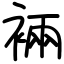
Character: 裲